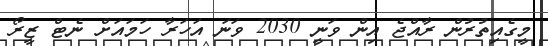
މީގެއިތުރުން ރާއްޖެ އިން ވަނީ 2030 ވަނަ އަހަރާ ހަމައަށް ނެޓް ޒީރޯ